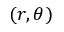
( r , \theta )